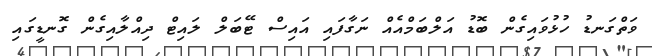
ވަތްގަނޑު ހުޅުވައިގެން ބޮޑު އަލްބަމްއެއް ނަގާފައި އައިސް ޓޭބަލް ލައިޓް ދިއްލާއިގެން ގޮނޑީގައި